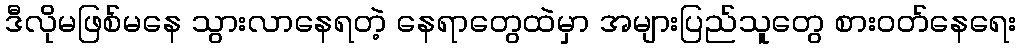
ဒီလိုမဖြစ်မနေ သွားလာနေရတဲ့ နေရာတွေထဲမှာ အများပြည်သူတွေ စားဝတ်နေရေး